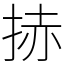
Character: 捇